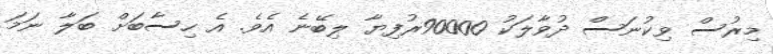
މިރުސް ވިކުނަސް ދުވާލަކު 90000ރުފިޔާ ލިބޭނެ އެވެ. އެ ހިސާބަށް ބަލާ ނަމަ